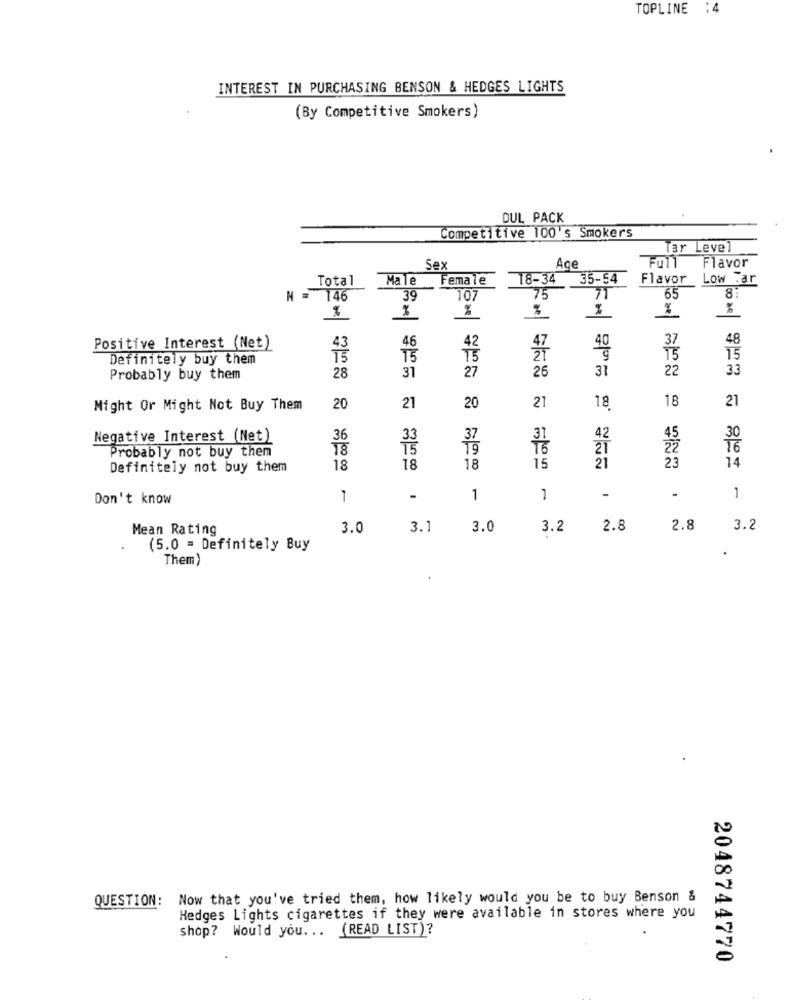
TOPLINE
:4
INTEREST IN PURCHASING BENSON & HEDGES LIGHTS
(By Competitive Smokers)
DUL PACK
Competitive 100's Smokers
Tar Level
Full
Sex
Ace
Flavor
Total
Male
Female
18-34
35-54
Flavor
Low . ar
71
= 146
39
107
75
65
8:
%
%
%
%
46
37
48
Positive Interest (Net)
42
40
Definitely buy them
T5
27
T5
15
31
27
26
31
22
33
Probably buy them
28
21
21
18
21
Might Or Might Not Buy Them
20
20
18
Negative Interest (Net)
36
30
Probably not buy them
18
22
16
23
14
Definitely not buy them
18
18
18
15
21
.
Don't know
1
-
1
1
-
1
Mean Rating
3.0
3.1
3.0
3.2
2.8
2.8
3.2
(5.0 = Definitely Buy
Them
QUESTION: Now that you've tried them, how likely would you be to buy Benson &
Hedges Lights cigarettes if they were available in stores where you
shop? Would you ... (READ LIST)?
2048744770